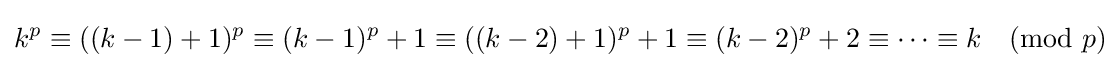
k^{p}\equiv ((k-1)+1)^{p}\equiv (k-1)^{p}+1\equiv ((k-2)+1)^{p}+1\equiv (k-2)^{p}+2\equiv \dots \equiv k{\pmod {p}}